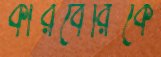
কারবেরিকে